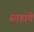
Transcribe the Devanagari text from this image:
साहावे